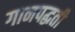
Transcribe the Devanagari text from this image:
गानपद्धती